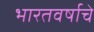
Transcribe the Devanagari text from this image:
भारतवर्षाचे